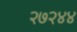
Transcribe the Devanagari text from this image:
२७२४४